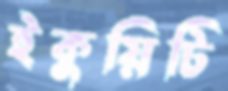
ইকুয়িটি